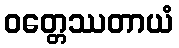
ဝတ္တေဿတာယံ